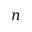
n